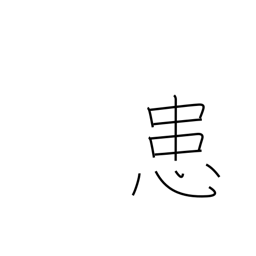
Meaning: afflicted